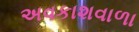
અવકાશવાળા